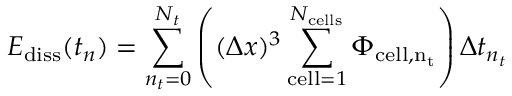
E _ { \mathrm { d i s s } } ( t _ { n } ) = \sum _ { n _ { t } = 0 } ^ { N _ { t } } \left( ( \Delta x ) ^ { 3 } \sum _ { \mathrm { c e l l } = 1 } ^ { N _ { \mathrm { c e l l s } } } \Phi _ { \mathrm { c e l l , n _ { t } } } \right) \Delta t _ { n _ { t } }